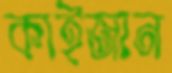
কাইজান